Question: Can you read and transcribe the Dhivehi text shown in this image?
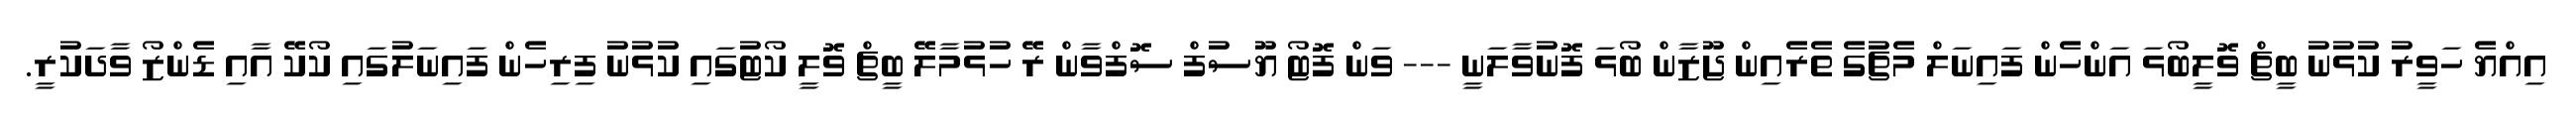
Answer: އިއްޔެ ހަވީރު ކުޅުނު ބީޗް ވޮލީބޯޅަ އަންހެން ފައިނަލް މެޗުގެ ތެރެއިން ޖޫޒާން ބޯޅަ ފޮނުވާލަނީ --- ވަން ފޮޓޯ ޔޫސުފް ސޮފްވާން ރޭ ހުޅުމާލޭ ބީޗް ވޮލީ ކޯޓުގައި ކުޅުނު ފިރިހެން ފައިނަލުގައި ކޯކޭ އާއި ޑެންޒޯ ވާދަކުރީ.